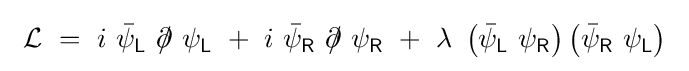
\ {\mathcal {L}}\ =\ i\ {\bar {\psi }}_{\mathsf {L}}\ \partial \!\!\!/\ \psi _{\mathsf {L}}\ +\ i\ {\bar {\psi }}_{\mathsf {R}}\ \partial \!\!\!/\ \psi _{\mathsf {R}}\ +\ \lambda \ \left({\bar {\psi }}_{\mathsf {L}}\ \psi _{\mathsf {R}}\right)\left({\bar {\psi }}_{\mathsf {R}}\ \psi _{\mathsf {L}}\right)~